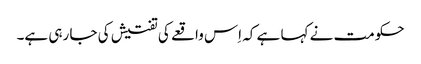
حکومت نے کہا ہے کہ اِس واقعے کی تفتیش کی جا رہی ہے۔